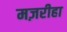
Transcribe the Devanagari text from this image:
मज़रीहा